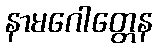
နာမဂေါတ္တေန